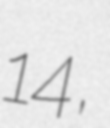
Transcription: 14,